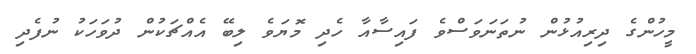
މީހުންގެ ދިރިއުޅުން ނުތަނަވަސްވެ ފައިސާއާ ހެދި މޮޔަވެ ލިބޭ އެއްޗަކުން ދުވަހަކު ނުފެދި